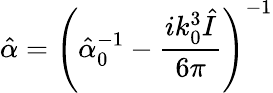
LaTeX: \hat{\alpha}=\left(\hat{\alpha}_{0}^{-1}-\frac{ik_{0}^{3}\hat{I}}{6\pi}\right)^{-1}